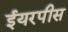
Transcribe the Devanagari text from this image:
ईयरपीस